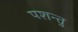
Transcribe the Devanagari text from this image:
पशन्तु